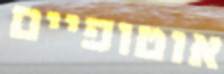
אוטופיים